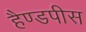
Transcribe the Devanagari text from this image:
हैण्डपीस